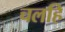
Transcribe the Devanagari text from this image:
चलहि